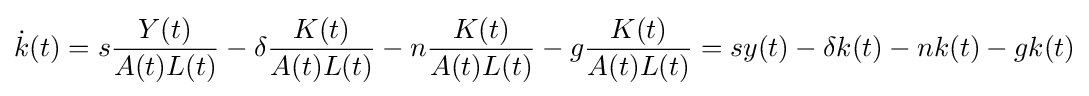
{\dot {k}}(t)=s{\frac {Y(t)}{A(t)L(t)}}-\delta {\frac {K(t)}{A(t)L(t)}}-n{\frac {K(t)}{A(t)L(t)}}-g{\frac {K(t)}{A(t)L(t)}}=sy(t)-\delta k(t)-nk(t)-gk(t)